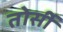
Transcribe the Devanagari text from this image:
तोर्सी